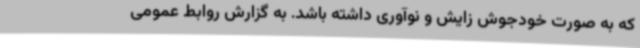
که به صورت خودجوش زایش و نوآوری داشته باشد. به گزارش روابط عمومی